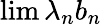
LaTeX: \operatorname*{lim}\lambda_{n}b_{n}